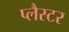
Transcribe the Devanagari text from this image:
प्लैस्टर